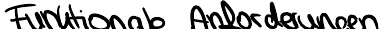
Funktionale Anforderungen